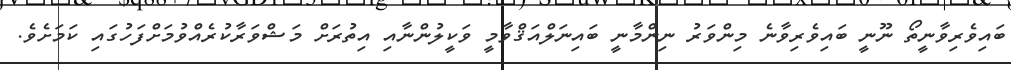
ބައިވެރިވާނީތޯ ނޫނީ ބައިވެރިވާނެ މިންވަރު ނިންމާނީ ބައިނަލްއަޤްވާމީ ވަކީލުންނާއި އިތުރަށް މަޝްވަރާކުރެއްވުމަށްފަހުގައި ކަމަށެވެ.